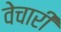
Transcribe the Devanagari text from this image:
वेचारी